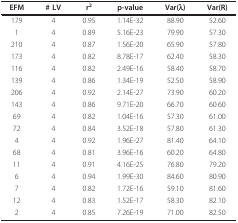
<table><thead><tr><td><b>EFM</b></td><td><b># LV</b></td><td><b>r<sup>2</sup></b></td><td><b>p-value</b></td><td><b>Var(λ)</b></td><td><b>Var(R)</b></td></tr></thead><tbody><tr><td>179</td><td>4</td><td>0.95</td><td>1.14E-32</td><td>88.90</td><td>52.60</td></tr><tr><td>1</td><td>4</td><td>0.89</td><td>5.16E-23</td><td>79.90</td><td>57.30</td></tr><tr><td>210</td><td>4</td><td>0.87</td><td>1.56E-20</td><td>65.90</td><td>57.80</td></tr><tr><td>173</td><td>4</td><td>0.82</td><td>8.78E-17</td><td>62.40</td><td>58.30</td></tr><tr><td>116</td><td>4</td><td>0.82</td><td>2.49E-16</td><td>58.40</td><td>58.70</td></tr><tr><td>139</td><td>4</td><td>0.86</td><td>1.34E-19</td><td>52.50</td><td>58.90</td></tr><tr><td>206</td><td>4</td><td>0.92</td><td>2.14E-27</td><td>73.90</td><td>60.20</td></tr><tr><td>143</td><td>4</td><td>0.86</td><td>9.71E-20</td><td>66.70</td><td>60.60</td></tr><tr><td>69</td><td>4</td><td>0.82</td><td>1.04E-16</td><td>57.30</td><td>61.00</td></tr><tr><td>72</td><td>4</td><td>0.84</td><td>3.52E-18</td><td>57.80</td><td>61.30</td></tr><tr><td>4</td><td>4</td><td>0.92</td><td>1.96E-27</td><td>81.40</td><td>64.10</td></tr><tr><td>68</td><td>4</td><td>0.81</td><td>3.96E-16</td><td>60.20</td><td>64.80</td></tr><tr><td>11</td><td>4</td><td>0.91</td><td>4.16E-25</td><td>76.80</td><td>79.20</td></tr><tr><td>6</td><td>4</td><td>0.94</td><td>1.99E-30</td><td>84.60</td><td>80.90</td></tr><tr><td>7</td><td>4</td><td>0.82</td><td>1.72E-16</td><td>59.10</td><td>81.60</td></tr><tr><td>12</td><td>4</td><td>0.83</td><td>1.52E-17</td><td>58.30</td><td>82.10</td></tr><tr><td>2</td><td>4</td><td>0.85</td><td>7.26E-19</td><td>71.00</td><td>82.50</td></tr></tbody></table>